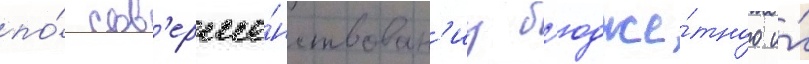
по́ сов'ерше́нствован'иу б'юдже́тного и́